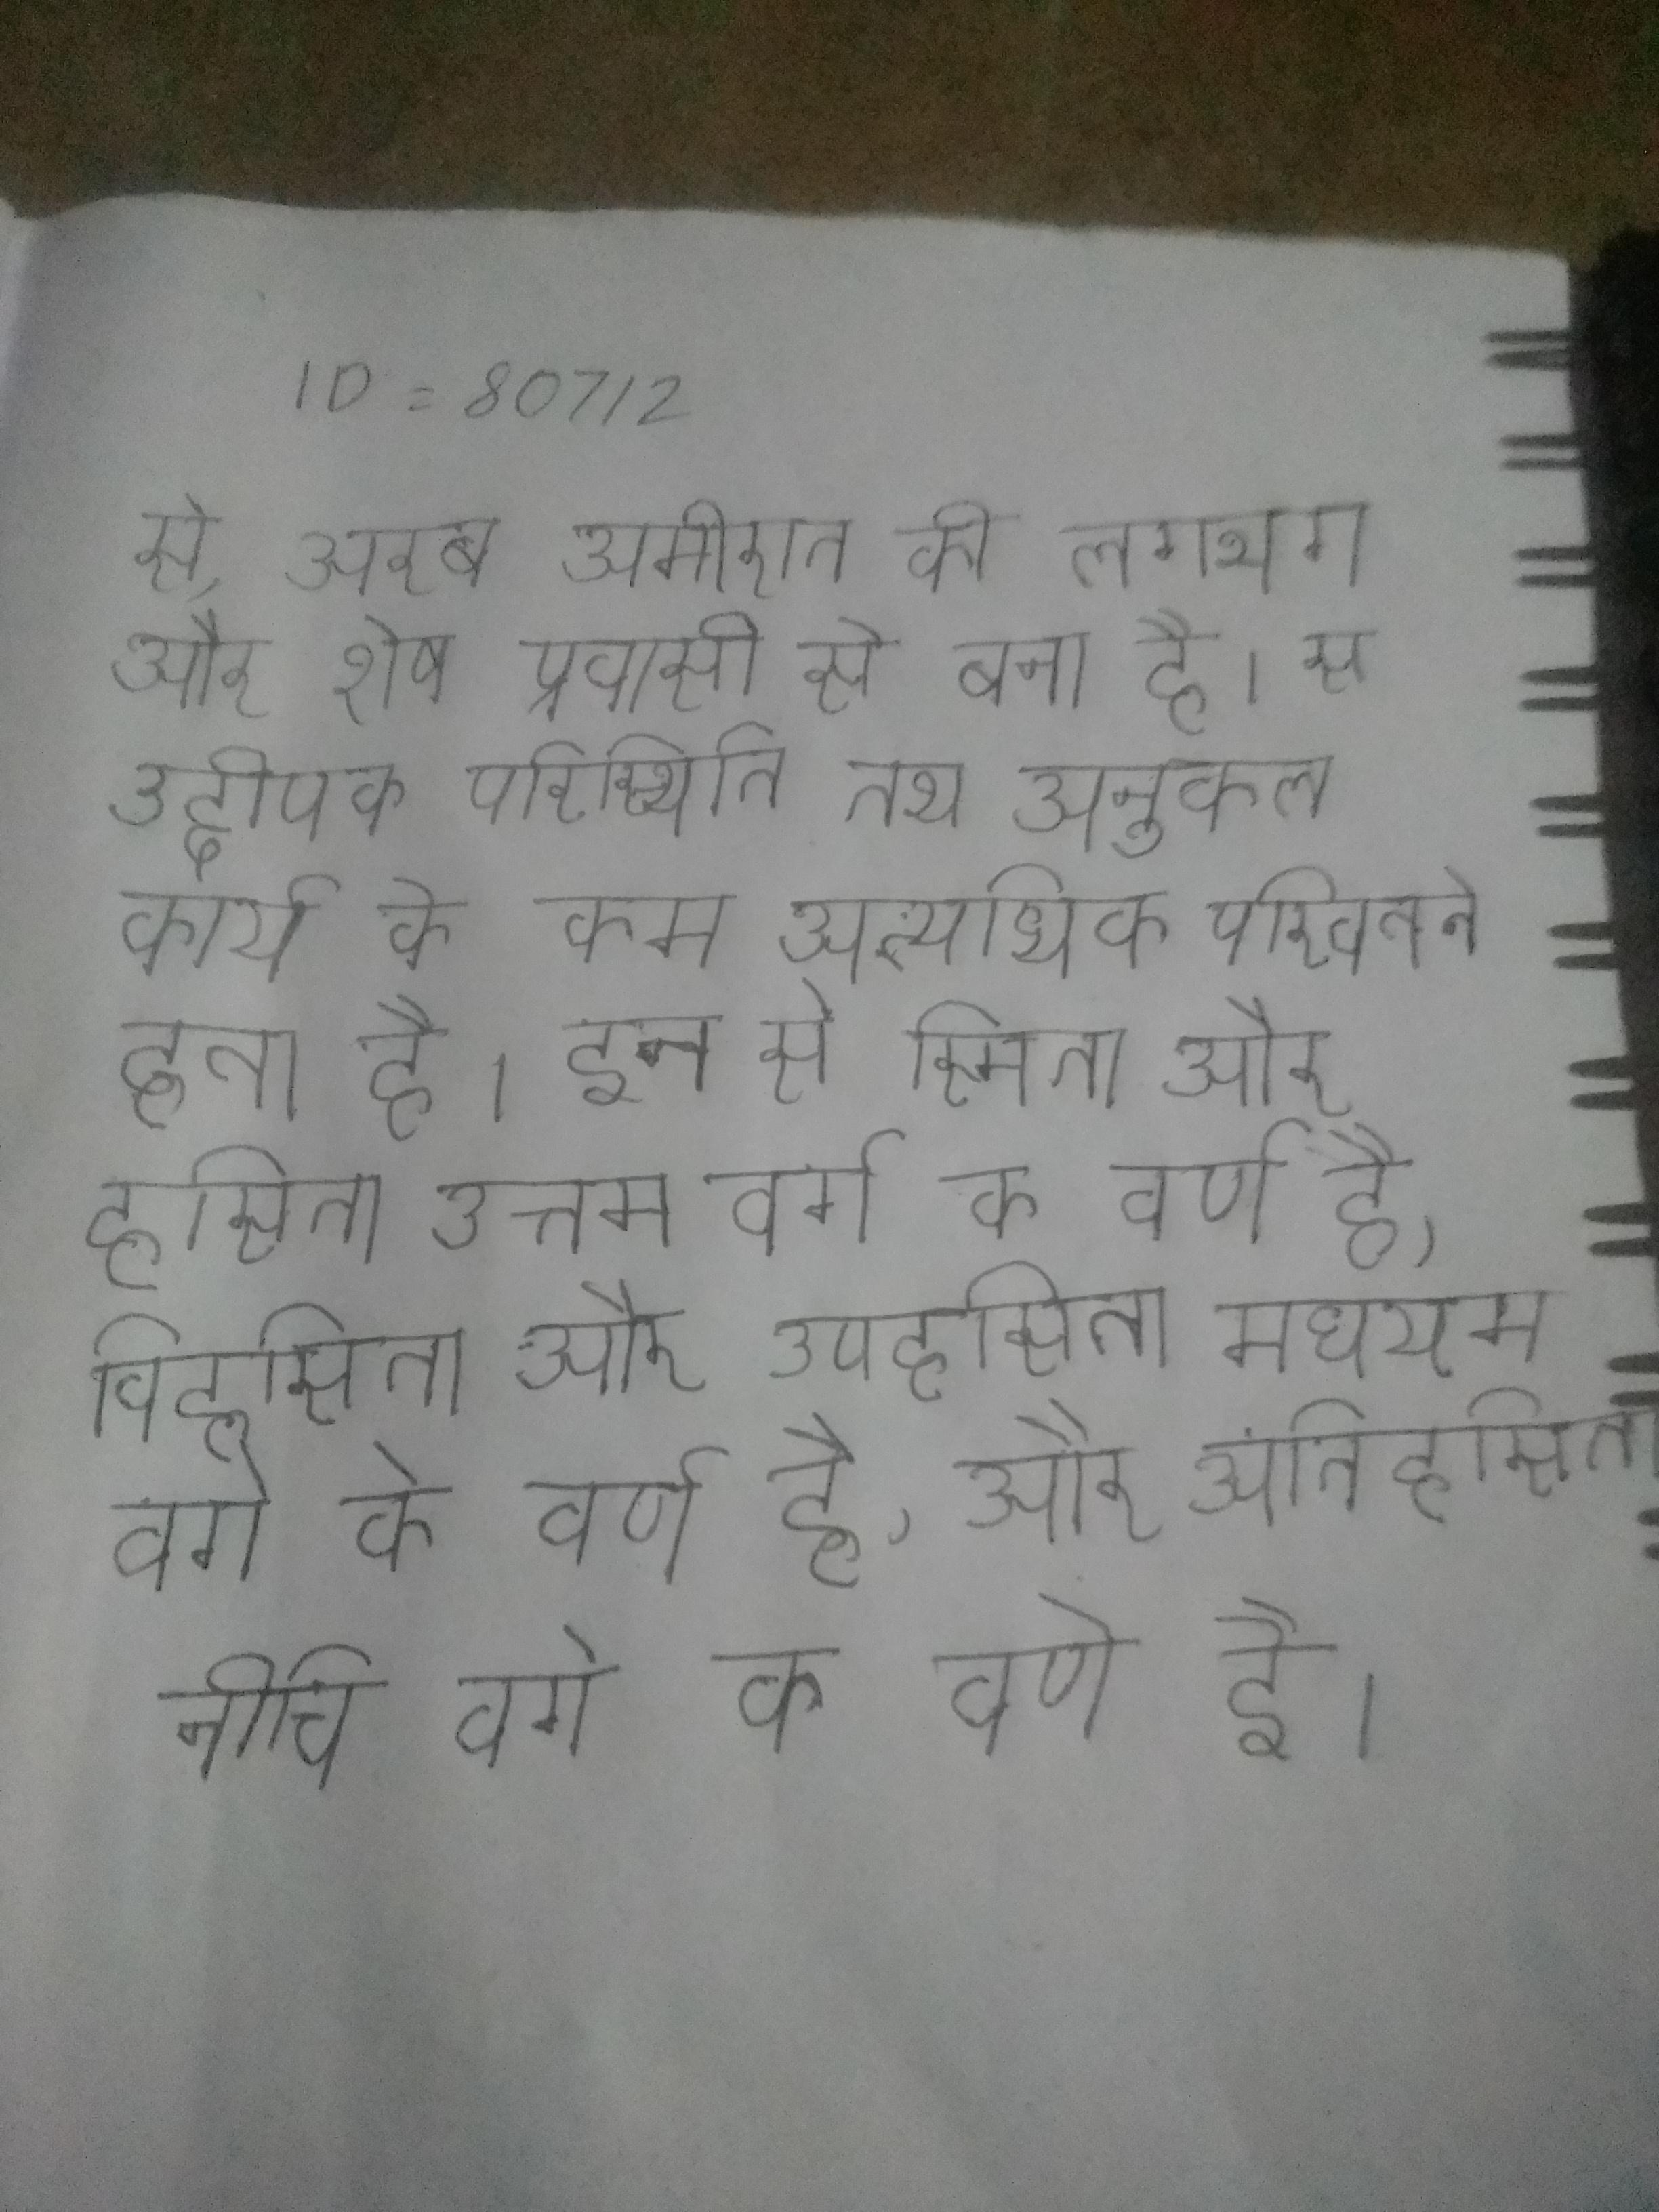
से, अरब अमीरात की लगभग और शेष प्रवासी से बना है । से उद्दीपक परिस्थिति तथा अनुकूल कार्य के क्रम अत्यधिक परिवर्तन होता है । इन से स्मिता और हसिता उत्तम वर्ग के वर्ण है, विहसिता और उपहसिता मधयम वर्ग के वर्ण है, और अपहसिता और अतिहसिता नीचि वर्ग के वर्ण है ।